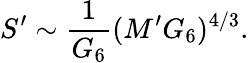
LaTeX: S^{\prime}\sim{\frac{1}{G_{6}}}(M^{\prime}G_{6})^{4/3}.